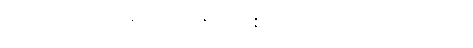
ငါးပါးကုန်သော။ ဓမ္မေဟိ၊ တရားတို့နှင့်။ သမန္နာဂတော၊ ပြည့်စုံသော။ အာဝါသိကော၊